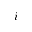
i